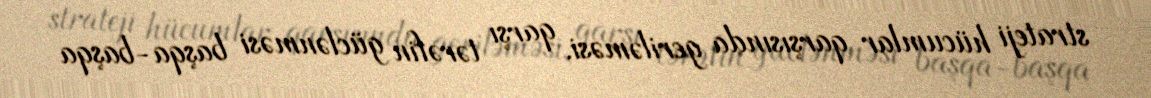
strateji hücumlar qarşısında geriləməsi, qarşı tərəfin güclənməsi başqa-başqa